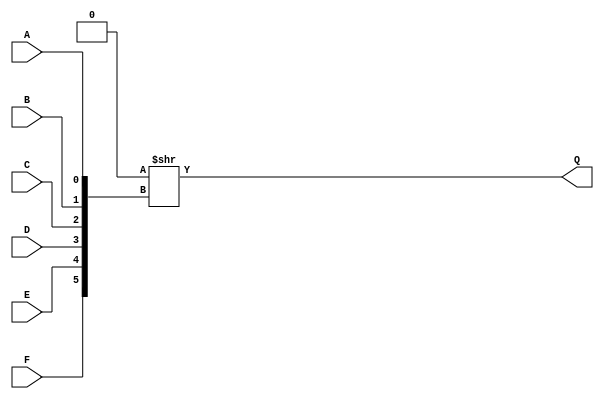
// This program was cloned from: https://github.com/Nitcloud/Digital-IDE
// License: GNU General Public License v3.0

// The core logic primitive of the Cyclone V/10GX is the Adaptive Logic Module
// (ALM). Each ALM is made up of an 8-input, 2-output look-up table, covered 
// in this file, connected to combinational outputs, a carry chain, and four
// D flip-flops (which are covered as MISTRAL_FF in dff_sim.v).
//
// The ALM is vertically symmetric, so I find it helps to think in terms of
// half-ALMs, as that's predominantly the unit that synth_intel_alm uses.
//
// ALMs are quite flexible, having multiple modes.
//
// Normal (combinational) mode
// ---------------------------
// The ALM can implement:
// - a single 6-input function (with the other inputs usable for flip-flop access)
// - two 5-input functions that share two inputs
// - a 5-input and a 4-input function that share one input
// - a 5-input and a 3-or-less-input function that share no inputs
// - two 4-or-less-input functions that share no inputs
//
// Normal-mode functions are represented as MISTRAL_ALUTN cells with N inputs.
// It would be possible to represent a normal mode function as a single cell -
// the vendor cyclone{v,10gx}_lcell_comb cell does exactly that - but I felt
// it was more user-friendly to print out the specific function sizes
// separately.
//
// With the exception of MISTRAL_ALUT6, you can think of two normal-mode cells
// fitting inside a single ALM.
//
// Extended (7-input) mode
// -----------------------
// The ALM can also fit a 7-input function made of two 5-input functions that
// share four inputs, multiplexed by another input.
//
// Because this can't accept arbitrary 7-input functions, Yosys can't handle
// it, so it doesn't have a cell, but I would likely call it MISTRAL_ALUT7(E?)
// if it did, and it would take up a full ALM.
//
// It might be possible to add an extraction pass to examine all ALUT5 cells
// that feed into ALUT3 cells to see if they can be combined into an extended
// ALM, but I don't think it will be worth it.
//
// Arithmetic mode
// ---------------
// In arithmetic mode, each half-ALM uses its carry chain to perform fast addition
// of two four-input functions that share three inputs. Oddly, the result of
// one of the functions is inverted before being added (you can see this as
// the dot on a full-adder input of Figure 1-8 in the Handbook).
//
// The cell for an arithmetic-mode half-ALM is MISTRAL_ALM_ARITH. One idea
// I've had (or rather was suggested by mwk) is that functions that feed into
// arithmetic-mode cells could be packed directly into the arithmetic-mode
// cell as a function, which reduces the number of ALMs needed.
//
// Shared arithmetic mode
// ----------------------
// Shared arithmetic mode looks a lot like arithmetic mode, but here the
// output of every other four-input function goes to the input of the adder
// the next bit along. What this means is that adding three bits together can
// be done in an ALM, because functions can be used to implement addition that
// then feeds into the carry chain. This means that three bits can be added per
// ALM, as opposed to two in the arithmetic mode.
//
// Shared arithmetic mode doesn't currently have a cell, but I intend to add
// it as MISTRAL_ALM_SHARED, and have it occupy a full ALM. Because it adds
// three bits per cell, it makes addition shorter and use less ALMs, but
// I don't know enough to tell whether it's more efficient to use shared
// arithmetic mode to shorten the carry chain, or plain arithmetic mode with
// the functions packed in.

`default_nettype none

// Cyclone V LUT output timings (picoseconds):
//
//          CARRY   A    B    C   D   E    F   G
//  COMBOUT    -  605  583  510 512   -   97 400 (LUT6)
//  COMBOUT    -  602  583  457 510 302   93 483 (LUT7)
//   SUMOUT  368 1342 1323  887 927   -  785   -
// CARRYOUT   71 1082 1062  866 813   - 1198   -

// Arria V LUT output timings (picoseconds):
//
//          CARRY   A    B    C   D   E    F   G
//  COMBOUT    -  387  375  316 317   -   76 319 (LUT6)
//  COMBOUT    -  387  375  316 317 218   76 319 (LUT7)
//   SUMOUT  249  744  732  562 576   -  511   -
// CARRYOUT   19  629  623  530 514   -  696   -

(* abc9_lut=2, lib_whitebox *)
module MISTRAL_ALUT6(input A, B, C, D, E, F, output Q);

parameter [63:0] LUT = 64'h0000_0000_0000_0000;

`ifdef cyclonev
specify
    (A => Q) = 605;
    (B => Q) = 583;
    (C => Q) = 510;
    (D => Q) = 512;
    (E => Q) = 400;
    (F => Q) = 97;
endspecify
`endif
`ifdef arriav
specify
    (A => Q) = 387;
    (B => Q) = 375;
    (C => Q) = 316;
    (D => Q) = 317;
    (E => Q) = 319;
    (F => Q) = 76;
endspecify
`endif
`ifdef cyclone10gx
specify
    (A => Q) = 275;
    (B => Q) = 272;
    (C => Q) = 175;
    (D => Q) = 165;
    (E => Q) = 162;
    (F => Q) = 53;
endspecify
`endif

assign Q = LUT >> {F, E, D, C, B, A};

endmodule


(* abc9_lut=1, lib_whitebox *)
module MISTRAL_ALUT5(input A, B, C, D, E, output Q);

parameter [31:0] LUT = 32'h0000_0000;

`ifdef cyclonev
specify
    (A => Q) = 583;
    (B => Q) = 510;
    (C => Q) = 512;
    (D => Q) = 400;
    (E => Q) = 97;
endspecify
`endif
`ifdef arriav
specify
    (A => Q) = 375;
    (B => Q) = 316;
    (C => Q) = 317;
    (D => Q) = 319;
    (E => Q) = 76;
endspecify
`endif
`ifdef cyclone10gx
specify
    (A => Q) = 272;
    (B => Q) = 175;
    (C => Q) = 165;
    (D => Q) = 162;
    (E => Q) = 53;
endspecify
`endif

assign Q = LUT >> {E, D, C, B, A};

endmodule


(* abc9_lut=1, lib_whitebox *)
module MISTRAL_ALUT4(input A, B, C, D, output Q);

parameter [15:0] LUT = 16'h0000;

`ifdef cyclonev
specify
    (A => Q) = 510;
    (B => Q) = 512;
    (C => Q) = 400;
    (D => Q) = 97;
endspecify
`endif
`ifdef arriav
specify
    (A => Q) = 316;
    (B => Q) = 317;
    (C => Q) = 319;
    (D => Q) = 76;
endspecify
`endif
`ifdef cyclone10gx
specify
    (A => Q) = 175;
    (B => Q) = 165;
    (C => Q) = 162;
    (D => Q) = 53;
endspecify
`endif

assign Q = LUT >> {D, C, B, A};

endmodule


(* abc9_lut=1, lib_whitebox *)
module MISTRAL_ALUT3(input A, B, C, output Q);

parameter [7:0] LUT = 8'h00;

`ifdef cyclonev
specify
    (A => Q) = 510;
    (B => Q) = 400;
    (C => Q) = 97;
endspecify
`endif
`ifdef arriav
specify
    (A => Q) = 316;
    (B => Q) = 317;
    (C => Q) = 76;
endspecify
`endif
`ifdef cyclone10gx
specify
    (A => Q) = 165;
    (B => Q) = 162;
    (C => Q) = 53;
endspecify
`endif

assign Q = LUT >> {C, B, A};

endmodule


(* abc9_lut=1, lib_whitebox *)
module MISTRAL_ALUT2(input A, B, output Q);

parameter [3:0] LUT = 4'h0;

`ifdef cyclonev
specify
    (A => Q) = 400;
    (B => Q) = 97;
endspecify
`endif
`ifdef arriav
specify
    (A => Q) = 316;
    (B => Q) = 76;
endspecify
`endif
`ifdef cyclone10gx
specify
    (A => Q) = 162;
    (B => Q) = 53;
endspecify
`endif

assign Q = LUT >> {B, A};

endmodule


(* abc9_lut=1, lib_whitebox *)
module MISTRAL_NOT(input A, output Q);

`ifdef cyclonev
specify
    (A => Q) = 97;
endspecify
`endif
`ifdef arriav
specify
    (A => Q) = 76;
endspecify
`endif
`ifdef cyclone10gx
specify
    (A => Q) = 53;
endspecify
`endif

assign Q = ~A;

endmodule

// Despite the abc9_carry attributes, this doesn't seem to stop ABC9 adding illegal fanout to the carry chain that nextpnr cannot handle.
// So we treat it as a total blackbox from ABC9's perspective for now.
// (* abc9_box, lib_whitebox *)
module MISTRAL_ALUT_ARITH(input A, B, C, D0, D1, /* (* abc9_carry *) */ input CI, output SO, /* (* abc9_carry *) */ output CO);

parameter LUT0 = 16'h0000;
parameter LUT1 = 16'h0000;

`ifdef cyclonev
specify
    (A  => SO) = 1342;
    (B  => SO) = 1323;
    (C  => SO) = 927;
    (D0 => SO) = 887;
    (D1 => SO) = 785;
    (CI => SO) = 368;

    (A  => CO) = 1082;
    (B  => CO) = 1062;
    (C  => CO) = 813;
    (D0 => CO) = 866;
    (D1 => CO) = 1198;
    (CI => CO) = 36; // Divided by 2 to account for there being two ALUT_ARITHs in an ALM)
endspecify
`endif
`ifdef arriav
specify
    (A  => SO) = 744;
    (B  => SO) = 732;
    (C  => SO) = 562;
    (D0 => SO) = 576;
    (D1 => SO) = 511;
    (CI => SO) = 249;

    (A  => CO) = 629;
    (B  => CO) = 623;
    (C  => CO) = 530;
    (D0 => CO) = 514;
    (D1 => CO) = 696;
    (CI => CO) = 10; // Divided by 2 to account for there being two ALUT_ARITHs in an ALM)
endspecify
`endif
`ifdef cyclone10gx
specify
    (A  => SO) = 644;
    (B  => SO) = 477;
    (C  => SO) = 416;
    (D0 => SO) = 380;
    (D1 => SO) = 431;
    (CI => SO) = 276;

    (A  => CO) = 525;
    (B  => CO) = 433;
    (C  => CO) = 712;
    (D0 => CO) = 653;
    (D1 => CO) = 593;
    (CI => CO) = 16;
endspecify
`endif

wire q0, q1;

assign q0 = LUT0 >> {D0, C, B, A};
assign q1 = LUT1 >> {D1, C, B, A};

assign {CO, SO} = q0 + !q1 + CI;

endmodule


/*
// A, B, C0, C1, E0, E1, F0, F1: data inputs
// CARRYIN: carry input
// SHAREIN: shared-arithmetic input
// CLK0, CLK1, CLK2: clock inputs
//
// COMB0, COMB1: combinational outputs
// FF0, FF1, FF2, FF3: DFF outputs
// SUM0, SUM1: adder outputs
// CARRYOUT: carry output
// SHAREOUT: shared-arithmetic output
module MISTRAL_ALM(
    input A, B, C0, C1, E0, E1, F0, F1, CARRYIN, SHAREIN, // LUT path
    input CLK0, CLK1, CLK2, AC0, AC1,                     // FF path
    output COMB0, COMB1, SUM0, SUM1, CARRYOUT, SHAREOUT,
    output FF0, FF1, FF2, FF3
);

parameter LUT0 = 16'b0000;
parameter LUT1 = 16'b0000;
parameter LUT2 = 16'b0000;
parameter LUT3 = 16'b0000;

parameter INIT0 = 1'b0;
parameter INIT1 = 1'b0;
parameter INIT2 = 1'b0;
parameter INIT3 = 1'b0;

parameter C0_MUX = "C0";
parameter C1_MUX = "C1";

parameter F0_MUX = "VCC";
parameter F1_MUX = "GND";

parameter FEEDBACK0 = "FF0";
parameter FEEDBACK1 = "FF2";

parameter ADD_MUX = "LUT";

parameter DFF01_DATA_MUX = "COMB";
parameter DFF23_DATA_MUX = "COMB";

parameter DFF0_CLK = "CLK0";
parameter DFF1_CLK = "CLK0";
parameter DFF2_CLK = "CLK0";
parameter DFF3_CLK = "CLK0";

parameter DFF0_AC  = "AC0";
parameter DFF1_AC  = "AC0";
parameter DFF2_AC  = "AC0";
parameter DFF3_AC  = "AC0";

// Feedback muxes from the flip-flop outputs.
wire ff_feedback_mux0, ff_feedback_mux1;

// C-input muxes which can be set to also use the F-input.
wire c0_input_mux, c1_input_mux;

// F-input muxes which can be set to a constant to allow LUT5 use.
wire f0_input_mux, f1_input_mux;

// Adder input muxes to select between shared-arithmetic mode and arithmetic mode.
wire add0_input_mux, add1_input_mux;

// Combinational-output muxes for LUT #1 and LUT #3
wire lut1_comb_mux, lut3_comb_mux;

// Sum-output muxes for LUT #1 and LUT #3
wire lut1_sum_mux, lut3_sum_mux;

// DFF data-input muxes
wire dff01_data_mux, dff23_data_mux;

// DFF clock selectors
wire dff0_clk, dff1_clk, dff2_clk, dff3_clk;

// DFF asynchronous-clear selectors
wire dff0_ac, dff1_ac, dff2_ac, dff3_ac;

// LUT, DFF and adder output wires for routing.
wire lut0_out, lut1a_out, lut1b_out, lut2_out, lut3a_out, lut3b_out;
wire dff0_out, dff1_out, dff2_out, dff3_out;
wire add0_sum, add1_sum, add0_carry, add1_carry;

generate
    if (FEEDBACK0 === "FF0")
        assign ff_feedback_mux0 = dff0_out;
    else if (FEEDBACK0 === "FF1")
        assign ff_feedback_mux0 = dff1_out;
    else
        $error("Invalid FEEDBACK0 setting!");

    if (FEEDBACK1 == "FF2")
        assign ff_feedback_mux1 = dff2_out;
    else if (FEEDBACK1 == "FF3")
        assign ff_feedback_mux1 = dff3_out;
    else
        $error("Invalid FEEDBACK1 setting!");

    if (C0_MUX === "C0")
        assign c0_input_mux = C0;
    else if (C0_MUX === "F1")
        assign c0_input_mux = F1;
    else if (C0_MUX === "FEEDBACK1")
        assign c0_input_mux = ff_feedback_mux1;
    else
        $error("Invalid C0_MUX setting!");

    if (C1_MUX === "C1")
        assign c1_input_mux = C1;
    else if (C1_MUX === "F0")
        assign c1_input_mux = F0;
    else if (C1_MUX === "FEEDBACK0")
        assign c1_input_mux = ff_feedback_mux0;
    else
        $error("Invalid C1_MUX setting!");

    // F0 == VCC is LUT5
    // F0 == F0 is LUT6
    // F0 == FEEDBACK is unknown
    if (F0_MUX === "VCC")
        assign f0_input_mux = 1'b1;
    else if (F0_MUX === "F0")
        assign f0_input_mux = F0;
    else if (F0_MUX === "FEEDBACK0")
        assign f0_input_mux = ff_feedback_mux0;
    else
        $error("Invalid F0_MUX setting!");

    // F1 == GND is LUT5
    // F1 == F1 is LUT6
    // F1 == FEEDBACK is unknown
    if (F1_MUX === "GND")
        assign f1_input_mux = 1'b0;
    else if (F1_MUX === "F1")
        assign f1_input_mux = F1;
    else if (F1_MUX === "FEEDBACK1")
        assign f1_input_mux = ff_feedback_mux1;
    else
        $error("Invalid F1_MUX setting!");

    if (ADD_MUX === "LUT") begin
        assign add0_input_mux = ~lut1_sum_mux;
        assign add1_input_mux = ~lut3_sum_mux;
    end else if (ADD_MUX === "SHARE") begin
        assign add0_input_mux = SHAREIN;
        assign add1_input_mux = lut1_comb_mux;
    end else
        $error("Invalid ADD_MUX setting!");

    if (DFF01_DATA_MUX === "COMB")
        assign dff01_data_mux = COMB0;
    else if (DFF01_DATA_MUX === "SUM")
        assign dff01_data_mux = SUM0;
    else
        $error("Invalid DFF01_DATA_MUX setting!");

    if (DFF23_DATA_MUX === "COMB")
        assign dff23_data_mux = COMB0;
    else if (DFF23_DATA_MUX === "SUM")
        assign dff23_data_mux = SUM0;
    else
        $error("Invalid DFF23_DATA_MUX setting!");

    if (DFF0_CLK === "CLK0")
        assign dff0_clk = CLK0;
    else if (DFF0_CLK === "CLK1")
        assign dff0_clk = CLK1;
    else if (DFF0_CLK === "CLK2")
        assign dff0_clk = CLK2;
    else
        $error("Invalid DFF0_CLK setting!");

    if (DFF1_CLK === "CLK0")
        assign dff1_clk = CLK0;
    else if (DFF1_CLK === "CLK1")
        assign dff1_clk = CLK1;
    else if (DFF1_CLK === "CLK2")
        assign dff1_clk = CLK2;
    else
        $error("Invalid DFF1_CLK setting!");

    if (DFF2_CLK === "CLK0")
        assign dff2_clk = CLK0;
    else if (DFF2_CLK === "CLK1")
        assign dff2_clk = CLK1;
    else if (DFF2_CLK === "CLK2")
        assign dff2_clk = CLK2;
    else
        $error("Invalid DFF2_CLK setting!");

    if (DFF3_CLK === "CLK0")
        assign dff3_clk = CLK0;
    else if (DFF3_CLK === "CLK1")
        assign dff3_clk = CLK1;
    else if (DFF3_CLK === "CLK2")
        assign dff3_clk = CLK2;
    else
        $error("Invalid DFF3_CLK setting!");

    if (DFF0_AC === "AC0")
        assign dff0_ac = AC0;
    else if (DFF0_AC === "AC1")
        assign dff0_ac = AC1;
    else
        $error("Invalid DFF0_AC setting!");

    if (DFF1_AC === "AC0")
        assign dff1_ac = AC0;
    else if (DFF1_AC === "AC1")
        assign dff1_ac = AC1;
    else
        $error("Invalid DFF1_AC setting!");

    if (DFF2_AC === "AC0")
        assign dff2_ac = AC0;
    else if (DFF2_AC === "AC1")
        assign dff2_ac = AC1;
    else
        $error("Invalid DFF2_AC setting!");

    if (DFF3_AC === "AC0")
        assign dff3_ac = AC0;
    else if (DFF3_AC === "AC1")
        assign dff3_ac = AC1;
    else
        $error("Invalid DFF3_AC setting!");

endgenerate

// F0 on the Quartus diagram
MISTRAL_ALUT4 #(.LUT(LUT0)) lut0 (.A(A), .B(B), .C(C0), .D(c1_input_mux), .Q(lut0_out));

// F2 on the Quartus diagram
MISTRAL_ALUT4 #(.LUT(LUT1)) lut1_comb (.A(A), .B(B), .C(C0), .D(c1_input_mux), .Q(lut1_comb_mux));
MISTRAL_ALUT4 #(.LUT(LUT1)) lut1_sum  (.A(A), .B(B), .C(C0), .D(E0), .Q(lut1_sum_mux));

// F1 on the Quartus diagram
MISTRAL_ALUT4 #(.LUT(LUT2)) lut2 (.A(A), .B(B), .C(C1), .D(c0_input_mux), .Q(lut2_out));

// F3 on the Quartus diagram
MISTRAL_ALUT4 #(.LUT(LUT3)) lut3_comb (.A(A), .B(B), .C(C1), .D(c0_input_mux), .Q(lut3_comb_mux));
MISTRAL_ALUT4 #(.LUT(LUT3)) lut3_sum  (.A(A), .B(B), .C(C1), .D(E1), .Q(lut3_sum_mux));

MISTRAL_FF #(.INIT(INIT0)) dff0 (.D(dff01_data_mux), .CLK(dff0_clk), .ACn(dff0_ac), .Q(dff0_out));
MISTRAL_FF #(.INIT(INIT1)) dff1 (.D(dff01_data_mux), .CLK(dff1_clk), .ACn(dff1_ac), .Q(dff1_out));
MISTRAL_FF #(.INIT(INIT2)) dff2 (.D(dff23_data_mux), .CLK(dff2_clk), .ACn(dff2_ac), .Q(dff2_out));
MISTRAL_FF #(.INIT(INIT3)) dff3 (.D(dff23_data_mux), .CLK(dff3_clk), .ACn(dff3_ac), .Q(dff3_out));

// Adders
assign {add0_carry, add0_sum} = CARRYIN + lut0_out + lut1_sum_mux;
assign {add1_carry, add1_sum} = add0_carry + lut2_out + lut3_sum_mux;

// COMBOUT outputs on the Quartus diagram
assign COMB0 = E0 ? (f0_input_mux ? lut3_comb_mux : lut1_comb_mux)
                    : (f0_input_mux ? lut2_out : lut0_out);

assign COMB1 = E1 ? (f1_input_mux ? lut3_comb_mux : lut1_comb_mux)
                    : (f1_input_mux ? lut2_out : lut0_out);

// SUMOUT output on the Quartus diagram
assign SUM0 = add0_sum;
assign SUM1 = add1_sum;

// COUT output on the Quartus diagram
assign CARRYOUT = add1_carry;

// SHAREOUT output on the Quartus diagram
assign SHAREOUT = lut3_comb_mux;

// REGOUT outputs on the Quartus diagram
assign FF0 = dff0_out;
assign FF1 = dff1_out;
assign FF2 = dff2_out;
assign FF3 = dff3_out;

endmodule
*/